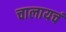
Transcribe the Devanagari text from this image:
चालायचं